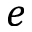
e